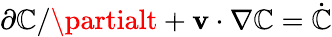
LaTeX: \partial\mathbb{C}/\partialt+{\mathbf{v}}\cdot\nabla\mathbb{C}=\dot{{\mathbb{C}}}